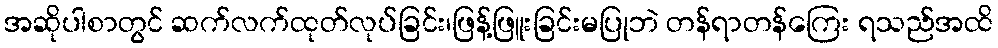
အဆိုပါစာတွင် ဆက်လက်ထုတ်လုပ်ခြင်း၊ဖြန့်ဖြူးခြင်းမပြုဘဲ တန်ရာတန်ကြေး ရသည်အထိ